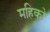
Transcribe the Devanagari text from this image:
महिको